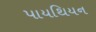
પાયથિયન